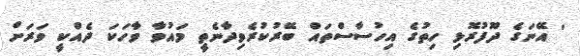
' އޭނަގެ ދޫފުރޮޅި ހިތުގެ އިހުސާސްތައް ބޭރުކުރެވިދާނެތީ މައުވާ ވާހަކަ ދެއްކީ ވަރަށް